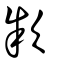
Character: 款